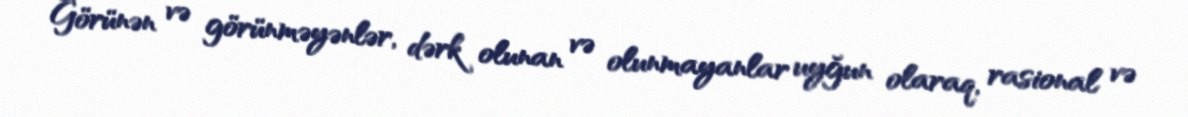
Görünən və görünməyənlər, dərk olunan və olunmayanlar uyğun olaraq, rasional və